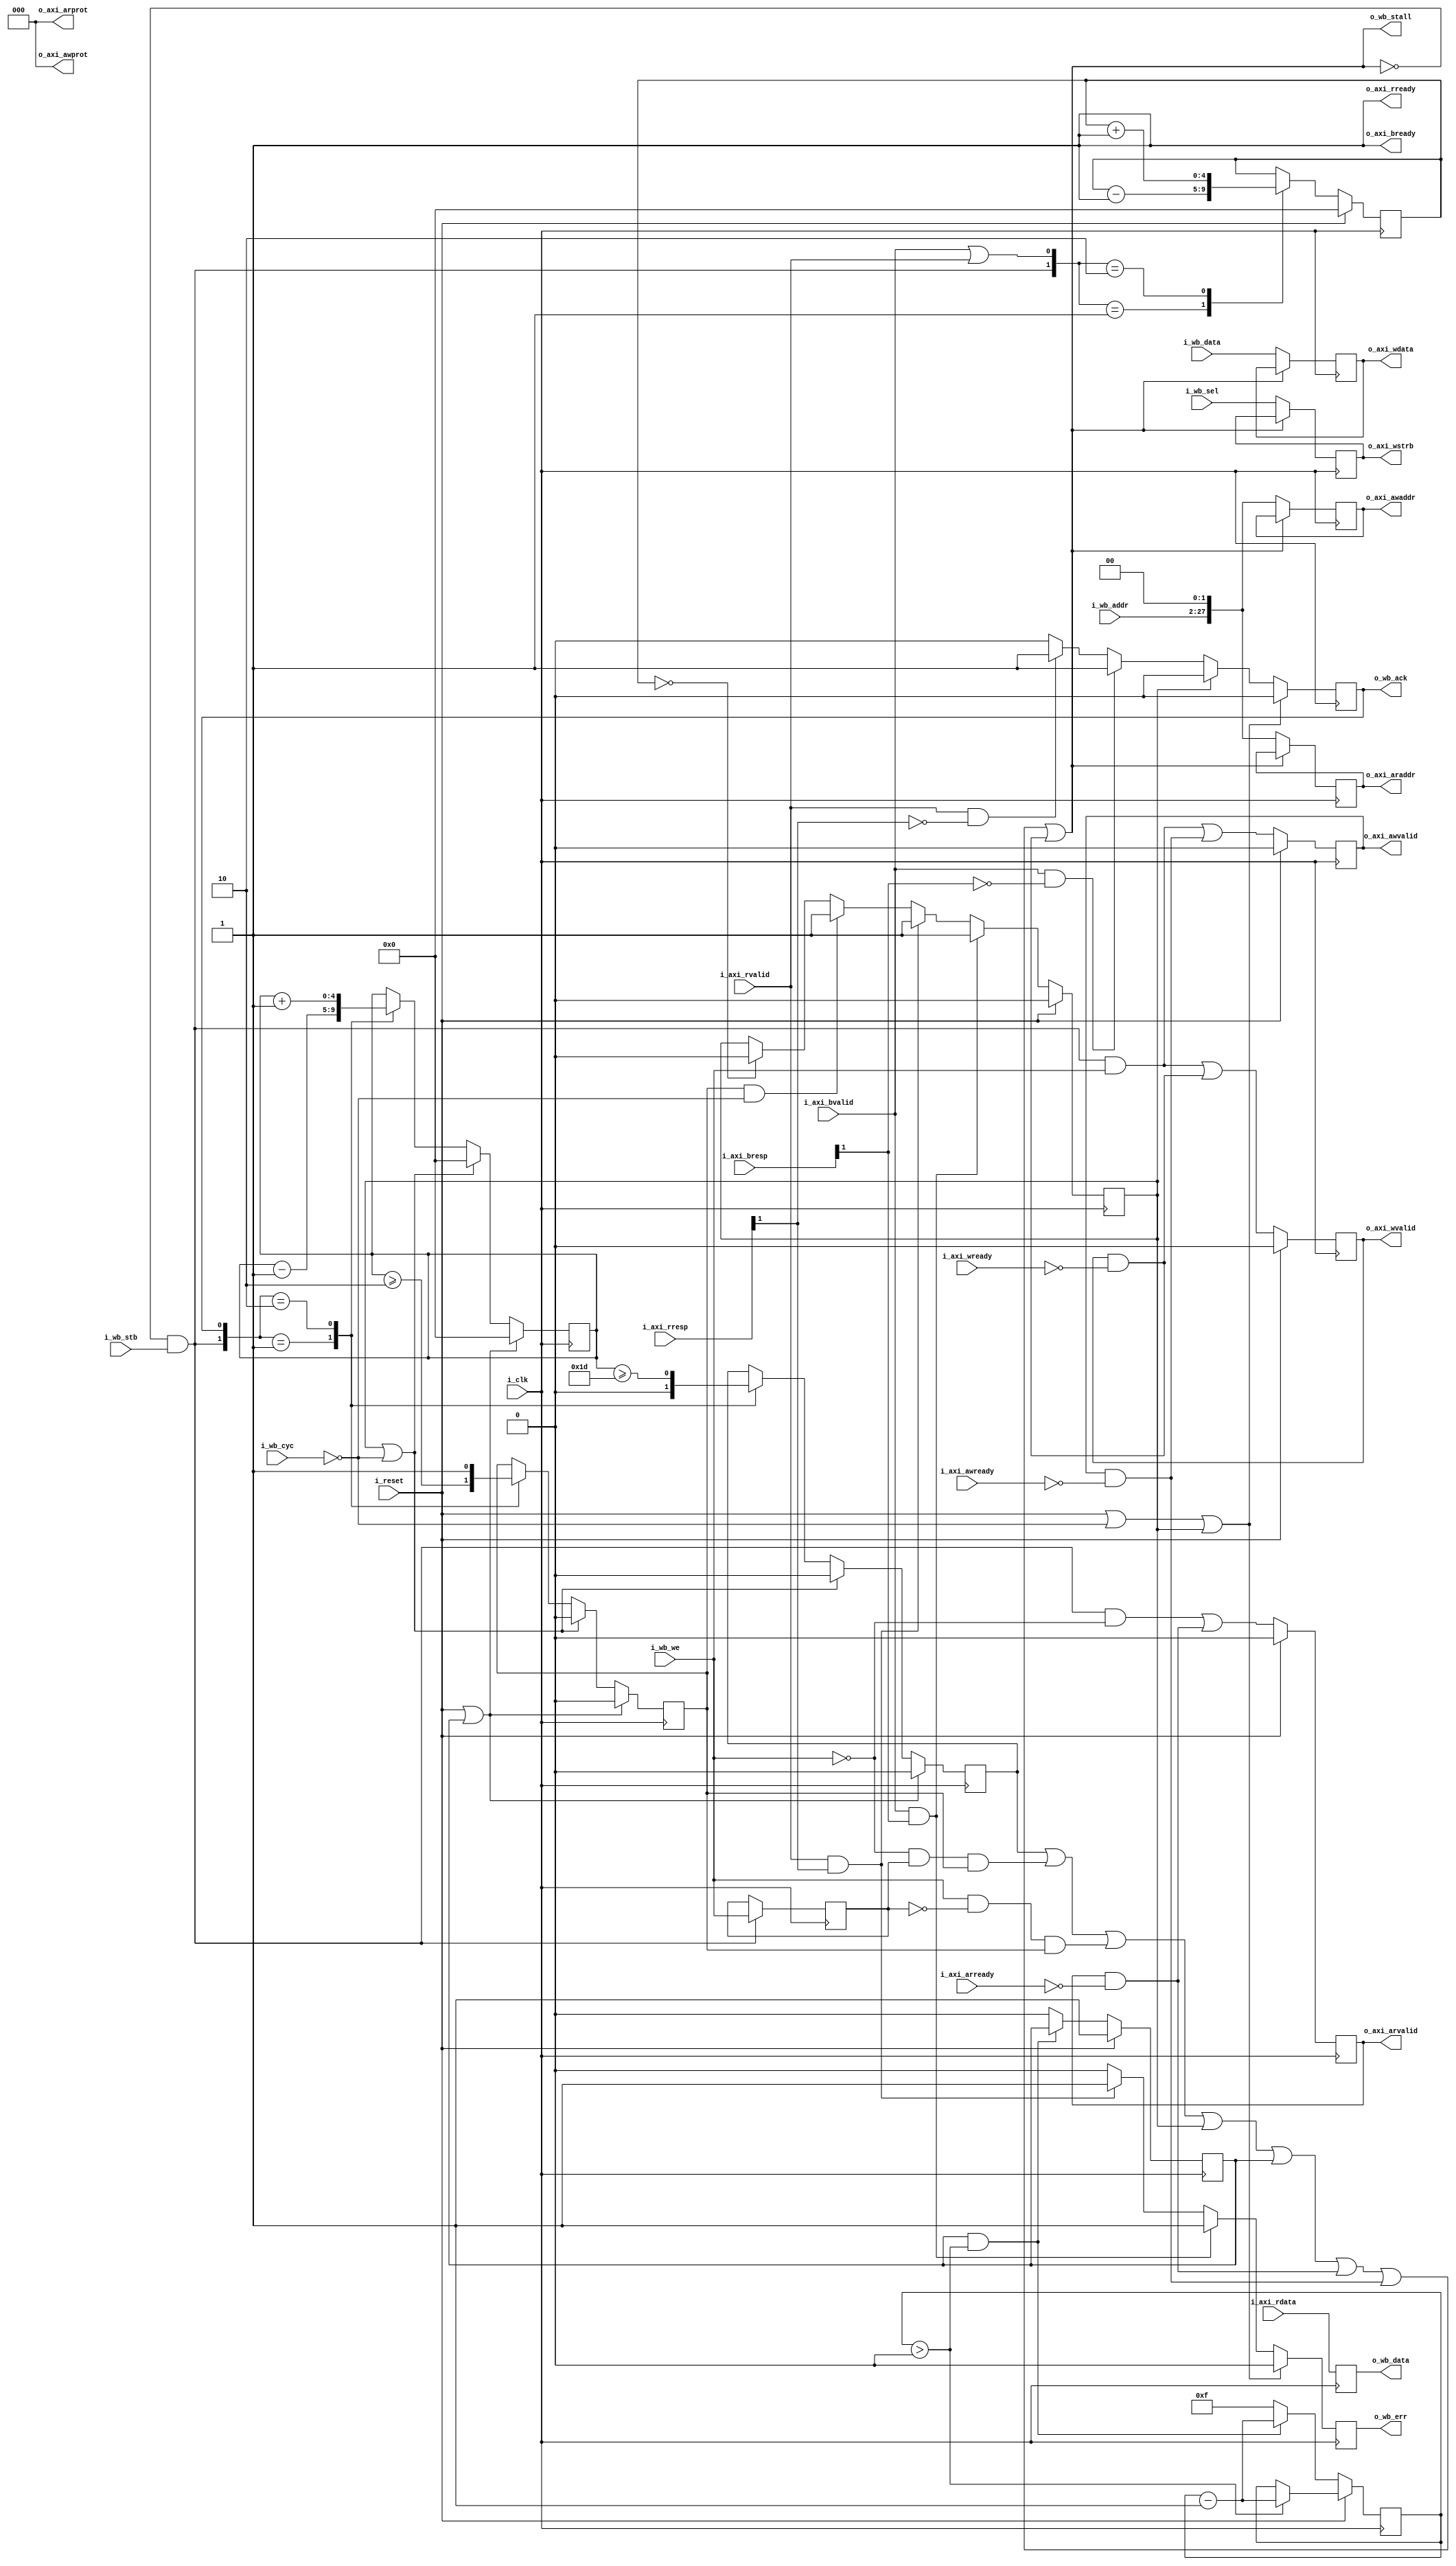
////////////////////////////////////////////////////////////////////////////////
//
// {{{
// Project:	WB2AXIPSP: bus bridges and other odds and ends
//
// Purpose:	Convert from a wishbone master to an AXI lite interface.  The
//		big difference is that AXI lite doesn't support bursting,
//	or transaction ID's.  This actually makes the task a *LOT* easier.
//
// Creator:	Dan Gisselquist, Ph.D.
//		Gisselquist Technology, LLC
//
////////////////////////////////////////////////////////////////////////////////
// }}}
// Copyright (C) 2018-2024, Gisselquist Technology, LLC
// {{{
// This file is part of the WB2AXIP project.
//
// The WB2AXIP project contains free software and gateware, licensed under the
// Apache License, Version 2.0 (the "License").  You may not use this project,
// or this file, except in compliance with the License.  You may obtain a copy
// of the License at
//
//	http://www.apache.org/licenses/LICENSE-2.0
//
// Unless required by applicable law or agreed to in writing, software
// distributed under the License is distributed on an "AS IS" BASIS, WITHOUT
// WARRANTIES OR CONDITIONS OF ANY KIND, either express or implied.  See the
// License for the specific language governing permissions and limitations
// under the License.
//
////////////////////////////////////////////////////////////////////////////////
//
//
//`default_nettype	none
// }}}
module wbm2axilite #(
		// {{{
		parameter C_AXI_ADDR_WIDTH	=  28,// AXI Address width
		/*local*/parameter C_AXI_DATA_WIDTH	=  32,// Width of the AXI R&W data
		/*local*/parameter DW			=  C_AXI_DATA_WIDTH,// Wishbone data width
		/*local*/parameter AW			=  C_AXI_ADDR_WIDTH-2// WB addr width (log wordsize)
		// }}}
	) (
		// {{{
		// We'll share the clock and the reset
		input	wire			i_clk,
		input	wire			i_reset,
		// Wishbone
		// {{{
		input	wire			i_wb_cyc,
		input	wire			i_wb_stb,
		input	wire			i_wb_we,
		input	wire	[(AW-1):0]	i_wb_addr,
		input	wire	[(DW-1):0]	i_wb_data,
		input	wire	[(DW/8-1):0]	i_wb_sel,
		output	wire			o_wb_stall,
		output	reg			o_wb_ack,
		output	reg	[(DW-1):0]	o_wb_data,
		output	reg			o_wb_err,
		// }}}
		// AXI-Lite
		// {{{
		// AXI write address channel signals
		output	reg			o_axi_awvalid,
		input	wire			i_axi_awready,
		output	reg	[C_AXI_ADDR_WIDTH-1:0]	o_axi_awaddr,
		output	wire	[2:0]		o_axi_awprot,
		//
		// AXI write data channel signals
		output	reg			o_axi_wvalid,
		input	wire			i_axi_wready,
		output	reg	[C_AXI_DATA_WIDTH-1:0]	o_axi_wdata,
		output	reg	[C_AXI_DATA_WIDTH/8-1:0] o_axi_wstrb,
		//
		// AXI write response channel signals
		input	wire			i_axi_bvalid,
		output	wire			o_axi_bready,
		input	wire [1:0]		i_axi_bresp,
		//
		// AXI read address channel signals
		output	reg			o_axi_arvalid,
		input	wire			i_axi_arready,
		output	reg	[C_AXI_ADDR_WIDTH-1:0]	o_axi_araddr,
		output	wire	[2:0]		o_axi_arprot,
		//
		// AXI read data channel signals
		input	wire			i_axi_rvalid,
		output	wire			o_axi_rready,
		input wire [C_AXI_DATA_WIDTH-1:0] i_axi_rdata,
		input	wire	[1:0]		i_axi_rresp
		// }}}
		// }}}
	);

	// Declarations
	// {{{
//*****************************************************************************
// Local Parameter declarations
//*****************************************************************************

	//
	// LGIFOFLN: The log (based two) of the size of our FIFO.  This is a
	// localparam since 1) 32-bit distributed memories nearly come for
	// free, and 2) because there is no performance gain to be had in larger
	// memories.  2^32 entries is the perfect size for this application.
	// Any smaller, and the core will not be able to maintain 100%
	// throughput.
	localparam	LGFIFOLN = 5;


//*****************************************************************************
// Internal register and wire declarations
//*****************************************************************************

// Things we're not changing ...
	assign o_axi_awprot  = 3'b000;	// Unpriviledged, unsecure, data access
	assign o_axi_arprot  = 3'b000;	// Unpriviledged, unsecure, data access

	reg	full_fifo, err_state, axi_reset_state, wb_we;
	reg	[3:0]	reset_count;
	reg			pending;
	reg	[LGFIFOLN-1:0]	outstanding, err_pending;
	// }}}
	////////////////////////////////////////////////////////////////////////
	//
	// Master bridge logic
	// {{{
	////////////////////////////////////////////////////////////////////////
	//
	//

	// o_wb_stall
	// {{{
	assign	o_wb_stall = (full_fifo)
			||((!i_wb_we)&&( wb_we)&&(pending))
			||(( i_wb_we)&&(!wb_we)&&(pending))
			||(err_state)||(axi_reset_state)
			||(o_axi_arvalid)&&(!i_axi_arready)
			||(o_axi_awvalid)&&(!i_axi_awready)
			||(o_axi_wvalid)&&(!i_axi_wready);
	// }}}

	// reset_count, axi_reset_state
	// {{{
	initial	axi_reset_state = 1'b1;
	initial	reset_count = 4'hf;
	always @(posedge i_clk)
	if (i_reset)
	begin
		axi_reset_state <= 1'b1;
		if (reset_count > 0)
			reset_count <= reset_count - 1'b1;
	end else if ((axi_reset_state)&&(reset_count > 0))
		reset_count <= reset_count - 1'b1;
	else begin
		axi_reset_state <= 1'b0;
		reset_count <= 4'hf;
	end
	// }}}

	// pending, outstanding, full_fifo: Count outstanding transactions
	// {{{
	initial	pending = 0;
	initial	outstanding = 0;
	always @(posedge i_clk)
	if ((i_reset)||(axi_reset_state))
	begin
		pending <= 0;
		outstanding <= 0;
		full_fifo <= 0;
	end else if ((err_state)||(!i_wb_cyc))
	begin
		pending <= 0;
		outstanding <= 0;
		full_fifo <= 0;
	end else case({ ((i_wb_stb)&&(!o_wb_stall)), (o_wb_ack) })
	2'b01: begin
		outstanding <= outstanding - 1'b1;
		pending <= (outstanding >= 2);
		full_fifo <= 1'b0;
		end
	2'b10: begin
		outstanding <= outstanding + 1'b1;
		pending <= 1'b1;
		full_fifo <= (outstanding >= {{(LGFIFOLN-2){1'b1}},2'b01});
		end
	default: begin end
	endcase
	// }}}

	always @(posedge i_clk)
	if ((i_wb_stb)&&(!o_wb_stall))
		wb_we <= i_wb_we;
	// }}}
	////////////////////////////////////////////////////////////////////////
	//
	// Write address logic
	// {{{
	////////////////////////////////////////////////////////////////////////
	//

	// o_axi_awvalid
	// {{{
	initial	o_axi_awvalid = 0;
	always @(posedge i_clk)
	if (i_reset)
		o_axi_awvalid <= 0;
	else
		o_axi_awvalid <= (!o_wb_stall)&&(i_wb_stb)&&(i_wb_we)
			||(o_axi_awvalid)&&(!i_axi_awready);
	// }}}


	// o_axi_awaddr
	// {{{
	always @(posedge i_clk)
	if (!o_wb_stall)
		o_axi_awaddr <= { i_wb_addr, 2'b00 };
	// }}}

	// }}}
	////////////////////////////////////////////////////////////////////////
	//
	// Read address logic
	// {{{
	////////////////////////////////////////////////////////////////////////
	//
	//

	// o_axi_arvalid
	// {{{
	initial	o_axi_arvalid = 1'b0;
	always @(posedge i_clk)
	if (i_reset)
		o_axi_arvalid <= 1'b0;
	else
		o_axi_arvalid <= (!o_wb_stall)&&(i_wb_stb)&&(!i_wb_we)
			||((o_axi_arvalid)&&(!i_axi_arready));
	// }}}

	// o_axi_araddr
	// {{{
	always @(posedge i_clk)
	if (!o_wb_stall)
		o_axi_araddr <= { i_wb_addr, 2'b00 };
	// }}}
	// }}}
	////////////////////////////////////////////////////////////////////////
	//
	// Write data logic
	// {{{
	////////////////////////////////////////////////////////////////////////
	//
	//

	// o_axi_wdata, o_axi_wstrb
	// {{{
	always @(posedge i_clk)
	if (!o_wb_stall)
	begin
		o_axi_wdata <= i_wb_data;
		o_axi_wstrb <= i_wb_sel;
	end
	// }}}

	// o_axi_wvalid
	// {{{
	initial	o_axi_wvalid = 0;
	always @(posedge i_clk)
	if (i_reset)
		o_axi_wvalid <= 0;
	else
		o_axi_wvalid <= ((!o_wb_stall)&&(i_wb_stb)&&(i_wb_we))
			||((o_axi_wvalid)&&(!i_axi_wready));
	// }}}

	// o_wb_ack
	// {{{
	initial	o_wb_ack = 1'b0;
	always @(posedge i_clk)
	if ((i_reset)||(!i_wb_cyc)||(err_state))
		o_wb_ack <= 1'b0;
	else if (err_state)
		o_wb_ack <= 1'b0;
	else if ((i_axi_bvalid)&&(!i_axi_bresp[1]))
		o_wb_ack <= 1'b1;
	else if ((i_axi_rvalid)&&(!i_axi_rresp[1]))
		o_wb_ack <= 1'b1;
	else
		o_wb_ack <= 1'b0;
	// }}}

	// o_wb_data
	// {{{
	always @(posedge i_clk)
		o_wb_data <= i_axi_rdata;
	// }}}
	// }}}
	// Read data channel / response logic
	assign	o_axi_rready = 1'b1;
	assign	o_axi_bready = 1'b1;

	// o_wb_err
	// {{{
	initial	o_wb_err = 1'b0;
	always @(posedge i_clk)
	if ((i_reset)||(!i_wb_cyc)||(err_state))
		o_wb_err <= 1'b0;
	else if ((i_axi_bvalid)&&(i_axi_bresp[1]))
		o_wb_err <= 1'b1;
	else if ((i_axi_rvalid)&&(i_axi_rresp[1]))
		o_wb_err <= 1'b1;
	else
		o_wb_err <= 1'b0;
	// }}}

	// err_state
	// {{{
	initial	err_state = 1'b0;
	always @(posedge i_clk)
	if (i_reset)
		err_state <= 0;
	else if ((i_axi_bvalid)&&(i_axi_bresp[1]))
		err_state <= 1'b1;
	else if ((i_axi_rvalid)&&(i_axi_rresp[1]))
		err_state <= 1'b1;
	else if ((pending)&&(!i_wb_cyc))
		err_state <= 1'b1;
	else if (err_pending == 0)
		err_state <= 0;
	// }}}

	// err_pending
	// {{{
	initial	err_pending = 0;
	always @(posedge i_clk)
	if (i_reset)
		err_pending <= 0;
	else case({ ((i_wb_stb)&&(!o_wb_stall)),
					((i_axi_bvalid)||(i_axi_rvalid)) })
	2'b01: err_pending <= err_pending - 1'b1;
	2'b10: err_pending <= err_pending + 1'b1;
	default: begin end
	endcase
	// }}}

	// Make verilator happy
	// {{{
	// verilator lint_off UNUSED
	wire	[2:0]	unused;
	assign	unused = { i_wb_cyc, i_axi_bresp[0], i_axi_rresp[0] };
	// verilator lint_on  UNUSED
	// }}}
/////////////////////////////////////////////////////////////////////////
/////////////////////////////////////////////////////////////////////////
/////////////////////////////////////////////////////////////////////////
//
// Formal methods section
// {{{
// These are only relevant when *proving* that this translator works
/////////////////////////////////////////////////////////////////////////
/////////////////////////////////////////////////////////////////////////
/////////////////////////////////////////////////////////////////////////
/////////////////////////////////////////////////////////////////////////
`ifdef	FORMAL
	localparam	FIFOLN = (1<<LGFIFOLN);
	reg	f_past_valid;
//
`define	ASSUME	assume
`define	ASSERT	assert

	// Parameters
	initial	assert(DW == 32);
	initial	assert(C_AXI_ADDR_WIDTH == AW+2);
	//

	//
	// Setup
	//
	initial	f_past_valid = 1'b0;
	always @(posedge i_clk)
		f_past_valid <= 1'b1;

	always @(*)
	if (!f_past_valid)
		`ASSUME(i_reset);

	////////////////////////////////////////////////////////////////////////
	//
	// Bus properties
	// {{{
	////////////////////////////////////////////////////////////////////////
	//
	//
	always @(*)
		assume(f_past_valid || i_reset);

	wire	[(LGFIFOLN-1):0]	f_wb_nreqs, f_wb_nacks,f_wb_outstanding;
	fwb_slave #(
		// {{{
		.DW(DW),.AW(AW),
		.F_MAX_STALL(0),
		.F_MAX_ACK_DELAY(0),
		.F_LGDEPTH(LGFIFOLN),
		.F_MAX_REQUESTS(FIFOLN-2)
		// }}}
	) f_wb(
		// {{{
		i_clk, i_reset, i_wb_cyc, i_wb_stb, i_wb_we, i_wb_addr,
					i_wb_data, i_wb_sel,
				o_wb_ack, o_wb_stall, o_wb_data, o_wb_err,
			f_wb_nreqs, f_wb_nacks, f_wb_outstanding
		// }}}
	);

	wire	[(LGFIFOLN-1):0]	f_axi_rd_outstanding,
					f_axi_wr_outstanding,
					f_axi_awr_outstanding;

	faxil_master #(
		// {{{
		// .C_AXI_DATA_WIDTH(C_AXI_DATA_WIDTH),
		.C_AXI_ADDR_WIDTH(C_AXI_ADDR_WIDTH),
		.F_LGDEPTH(LGFIFOLN),
		.F_AXI_MAXWAIT(3),
		.F_AXI_MAXDELAY(3)
		// }}}
	) f_axil(
		// {{{
		.i_clk(i_clk),
		.i_axi_reset_n((!i_reset)&&(!axi_reset_state)),
		// Write address channel
		.i_axi_awvalid(o_axi_awvalid),
		.i_axi_awready(i_axi_awready),
		.i_axi_awaddr( o_axi_awaddr),
		.i_axi_awprot( o_axi_awprot),
		// Write data channel
		.i_axi_wvalid( o_axi_wvalid),
		.i_axi_wready( i_axi_wready),
		.i_axi_wdata(  o_axi_wdata),
		.i_axi_wstrb(  o_axi_wstrb),
		// Write response channel
		.i_axi_bvalid( i_axi_bvalid),
		.i_axi_bready( o_axi_bready),
		.i_axi_bresp(  i_axi_bresp),
		// Read address channel
		.i_axi_arvalid(o_axi_arvalid),
		.i_axi_arready(i_axi_arready),
		.i_axi_araddr( o_axi_araddr),
		.i_axi_arprot( o_axi_arprot),
		// Read data channel
		.i_axi_rvalid( i_axi_rvalid),
		.i_axi_rready( o_axi_rready),
		.i_axi_rdata(  i_axi_rdata),
		.i_axi_rresp(  i_axi_rresp),
		// Counts
		.f_axi_rd_outstanding( f_axi_rd_outstanding),
		.f_axi_wr_outstanding( f_axi_wr_outstanding),
		.f_axi_awr_outstanding( f_axi_awr_outstanding)
		// }}}
	);
	// }}}


	//////////////////////////////////////////////
	//
	//
	// Assertions about the AXI4 ouputs
	//
	//
	//////////////////////////////////////////////

	// Write response channel
	always @(posedge i_clk)
		// We keep bready high, so the other condition doesn't
		// need to be checked
		assert(o_axi_bready);

	// AXI read data channel signals
	always @(posedge i_clk)
		// We keep o_axi_rready high, so the other condition's
		// don't need to be checked here
		assert(o_axi_rready);

	//
	// Let's look into write requests
	//
	initial	assert(!o_axi_awvalid);
	initial	assert(!o_axi_wvalid);
	always @(posedge i_clk)
	if ((!f_past_valid)||($past(i_reset))||($past(axi_reset_state)))
	begin
		assert(!o_axi_awvalid);
		assert(!o_axi_wvalid);
	end

	always @(posedge i_clk)
	if ((f_past_valid)&&(!$past(i_reset))
		&&($past((i_wb_stb)&&(i_wb_we)&&(!o_wb_stall))))
	begin
		// Following any write request that we accept, awvalid
		// and wvalid should both be true
		assert(o_axi_awvalid);
		assert(o_axi_wvalid);
		assert(wb_we);
	end else if ((f_past_valid)&&($past(i_reset)))
	begin
		if ($past(i_axi_awready))
			assert(!o_axi_awvalid);
		if ($past(i_axi_wready))
			assert(!o_axi_wvalid);
	end

	//
	// AXI write address channel
	//
	always @(posedge i_clk)
	if ((f_past_valid)&&($past((i_wb_stb)&&(i_wb_we)&&(!o_wb_stall))))
		assert(o_axi_awaddr == { $past(i_wb_addr[AW-1:0]), 2'b00 });

	//
	// AXI write data channel
	//
	always @(posedge i_clk)
	if ((f_past_valid)&&($past(i_wb_stb)&&(i_wb_we)&&(!$past(o_wb_stall))))
	begin
		assert(o_axi_wdata == $past(i_wb_data));
		assert(o_axi_wstrb == $past(i_wb_sel));
	end

	//
	// AXI read address channel
	//
	initial	assert(!o_axi_arvalid);
	always @(posedge i_clk)
	if ((f_past_valid)&&(!$past(i_reset))
		&&($past((i_wb_stb)&&(!i_wb_we)&&(!o_wb_stall))))
	begin
		assert(o_axi_arvalid);
		assert(o_axi_araddr == { $past(i_wb_addr), 2'b00 });
	end
	//

	//
	// AXI write response channel
	//

	//
	// AXI read data channel signals
	//
	always @(posedge i_clk)
	if ((f_past_valid)&&(($past(i_reset))||($past(axi_reset_state))))
	begin
		// Relate err_pending to outstanding
		assert(outstanding == 0);
		assert(err_pending == 0);
	end else if (!err_state)
		assert(err_pending == outstanding - ((o_wb_ack)||(o_wb_err)));

	always @(posedge i_clk)
	if ((f_past_valid)&&(($past(i_reset))||($past(axi_reset_state))))
	begin
		assert(f_axi_awr_outstanding == 0);
		assert(f_axi_wr_outstanding == 0);
		assert(f_axi_rd_outstanding == 0);

		assert(f_wb_outstanding == 0);
		assert(!pending);
		assert(outstanding == 0);
		assert(err_pending == 0);
	end else if (wb_we)
	begin
		case({o_axi_awvalid,o_axi_wvalid})
		2'b00: begin
			`ASSERT(f_axi_awr_outstanding   == err_pending);
			`ASSERT(f_axi_wr_outstanding    == err_pending);
			end
		2'b01: begin
			`ASSERT(f_axi_awr_outstanding   == err_pending);
			`ASSERT(f_axi_wr_outstanding +1 == err_pending);
			end
		2'b10: begin
			`ASSERT(f_axi_awr_outstanding+1 == err_pending);
			`ASSERT(f_axi_wr_outstanding    == err_pending);
			end
		2'b11: begin
			`ASSERT(f_axi_awr_outstanding+1 == err_pending);
			`ASSERT(f_axi_wr_outstanding +1 == err_pending);
			end
		endcase

		//
		`ASSERT(!o_axi_arvalid);
		`ASSERT(f_axi_rd_outstanding == 0);
	end else begin
		if (!o_axi_arvalid)
			`ASSERT(f_axi_rd_outstanding == err_pending);
		else
			`ASSERT(f_axi_rd_outstanding+1 == err_pending);

		`ASSERT(!o_axi_awvalid);
		`ASSERT(!o_axi_wvalid);
		`ASSERT(f_axi_awr_outstanding == 0);
		`ASSERT(f_axi_wr_outstanding == 0);
	end

	always @(*)
	if ((!i_reset)&&(i_wb_cyc)&&(!err_state))
		`ASSERT(f_wb_outstanding == outstanding);

	always @(posedge i_clk)
	if ((f_past_valid)&&(err_state))
		`ASSERT((o_wb_err)||(f_wb_outstanding == 0));

	always @(posedge i_clk)
		`ASSERT(pending == (outstanding != 0));
	//
	// Make sure we only create one request at a time
	always @(posedge i_clk)
		`ASSERT((!o_axi_arvalid)||(!o_axi_wvalid));
	always @(posedge i_clk)
		`ASSERT((!o_axi_arvalid)||(!o_axi_awvalid));
	always @(posedge i_clk)
	if (wb_we)
		`ASSERT(!o_axi_arvalid);
	else
		`ASSERT((!o_axi_awvalid)&&(!o_axi_wvalid));

	always @(*)
	if (&outstanding[LGFIFOLN-1:1])
		`ASSERT(full_fifo);
	always @(*)
		assert(outstanding < {(LGFIFOLN){1'b1}});

	// AXI cover results
	always @(*)
		cover(i_axi_bvalid && o_axi_bready);
	always @(*)
		cover(i_axi_rvalid && o_axi_rready);

	always @(posedge i_clk)
		cover(i_axi_bvalid && o_axi_bready
			&& $past(i_axi_bvalid && o_axi_bready)
			&& $past(i_axi_bvalid && o_axi_bready,2));

	always @(posedge i_clk)
		cover(i_axi_rvalid && o_axi_rready
			&& $past(i_axi_rvalid && o_axi_rready)
			&& $past(i_axi_rvalid && o_axi_rready,2));

	// AXI cover requests
	always @(posedge i_clk)
		cover(o_axi_arvalid && i_axi_arready
			&& $past(o_axi_arvalid && i_axi_arready)
			&& $past(o_axi_arvalid && i_axi_arready,2));

	always @(posedge i_clk)
		cover(o_axi_awvalid && i_axi_awready
			&& $past(o_axi_awvalid && i_axi_awready)
			&& $past(o_axi_awvalid && i_axi_awready,2));

	always @(posedge i_clk)
		cover(o_axi_wvalid && i_axi_wready
			&& $past(o_axi_wvalid && i_axi_wready)
			&& $past(o_axi_wvalid && i_axi_wready,2));

	always @(*)
		cover(i_axi_rvalid && o_axi_rready);

	// Wishbone cover results
	always @(*)
		cover(i_wb_cyc && o_wb_ack);

	always @(posedge i_clk)
		cover(i_wb_cyc && o_wb_ack
			&& $past(o_wb_ack)&&$past(o_wb_ack,2));

`endif
// }}}
endmodule
`ifndef	YOSYS
//`default_nettype wire
`endif